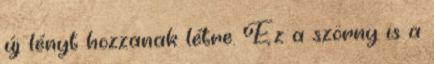
új lényt hozzanak létre. Ez a szörny is a